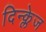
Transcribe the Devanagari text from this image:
दिन्क्लेज